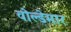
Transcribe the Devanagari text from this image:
वोल्डेमार